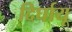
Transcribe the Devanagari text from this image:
दिर्घायू